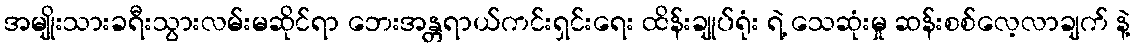
အမျိုးသားခရီးသွားလမ်းမဆိုင်ရာ ဘေးအန္တရာယ်ကင်းရှင်းရေး ထိန်းချုပ်ရုံး ရဲ့ သေဆုံးမှု ဆန်းစစ်လေ့လာချက် နဲ့